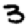
Digit: 3